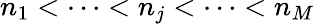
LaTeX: n_{1}<\cdots<n_{j}<\cdots<n_{M}